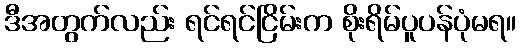
ဒီအတွက်လည်း ရင်ရင်ငြိမ်းက စိုးရိမ်ပူပန်ပုံမရ။